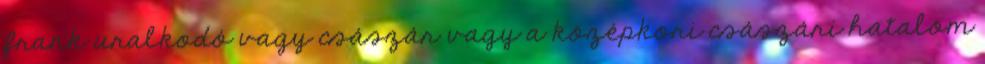
frank uralkodó vagy császár vagy a középkori császári hatalom